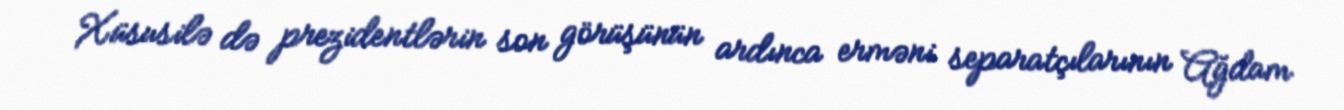
Xüsusilə də prezidentlərin son görüşünün ardınca erməni separatçılarının Ağdam